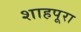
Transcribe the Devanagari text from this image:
शाहपूरा